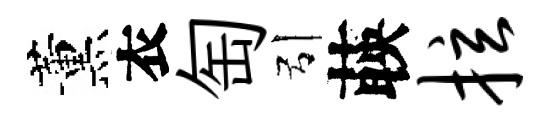
薰衣匋引𦴤拉